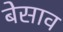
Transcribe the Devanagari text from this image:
बेसाव